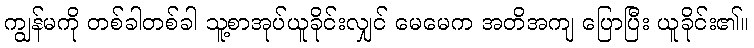
ကျွန်မကို တစ်ခါတစ်ခါ သူ့စာအုပ်ယူခိုင်းလျှင် မေမေက အတိအကျ ပြောပြီး ယူခိုင်း၏။